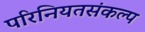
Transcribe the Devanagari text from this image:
परिनियतसंकल्प